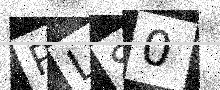
Text: RLS0